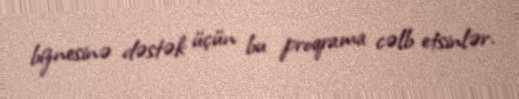
biznesinə dəstək üçün bu proqrama cəlb etsinlər.